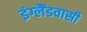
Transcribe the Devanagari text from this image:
इंग्लैंडवासी